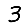
Digit: 3